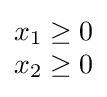
{\begin{matrix}x_{1}\geq 0\\x_{2}\geq 0\end{matrix}}